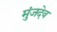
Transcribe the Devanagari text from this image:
मुंजदेव